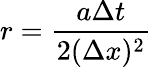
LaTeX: r={\frac{a\Delta t}{2(\Delta x)^{2}}}